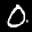
Label: 0